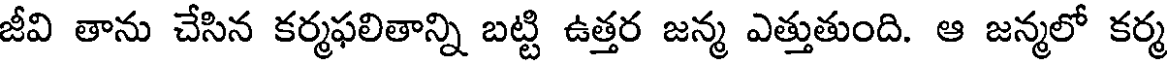
జీవి తాను చేసిన కర్మఫలితాన్ని బట్టి ఉత్తర జన్మ ఎత్తుతుంది. ఆ జన్మలో కర్మ